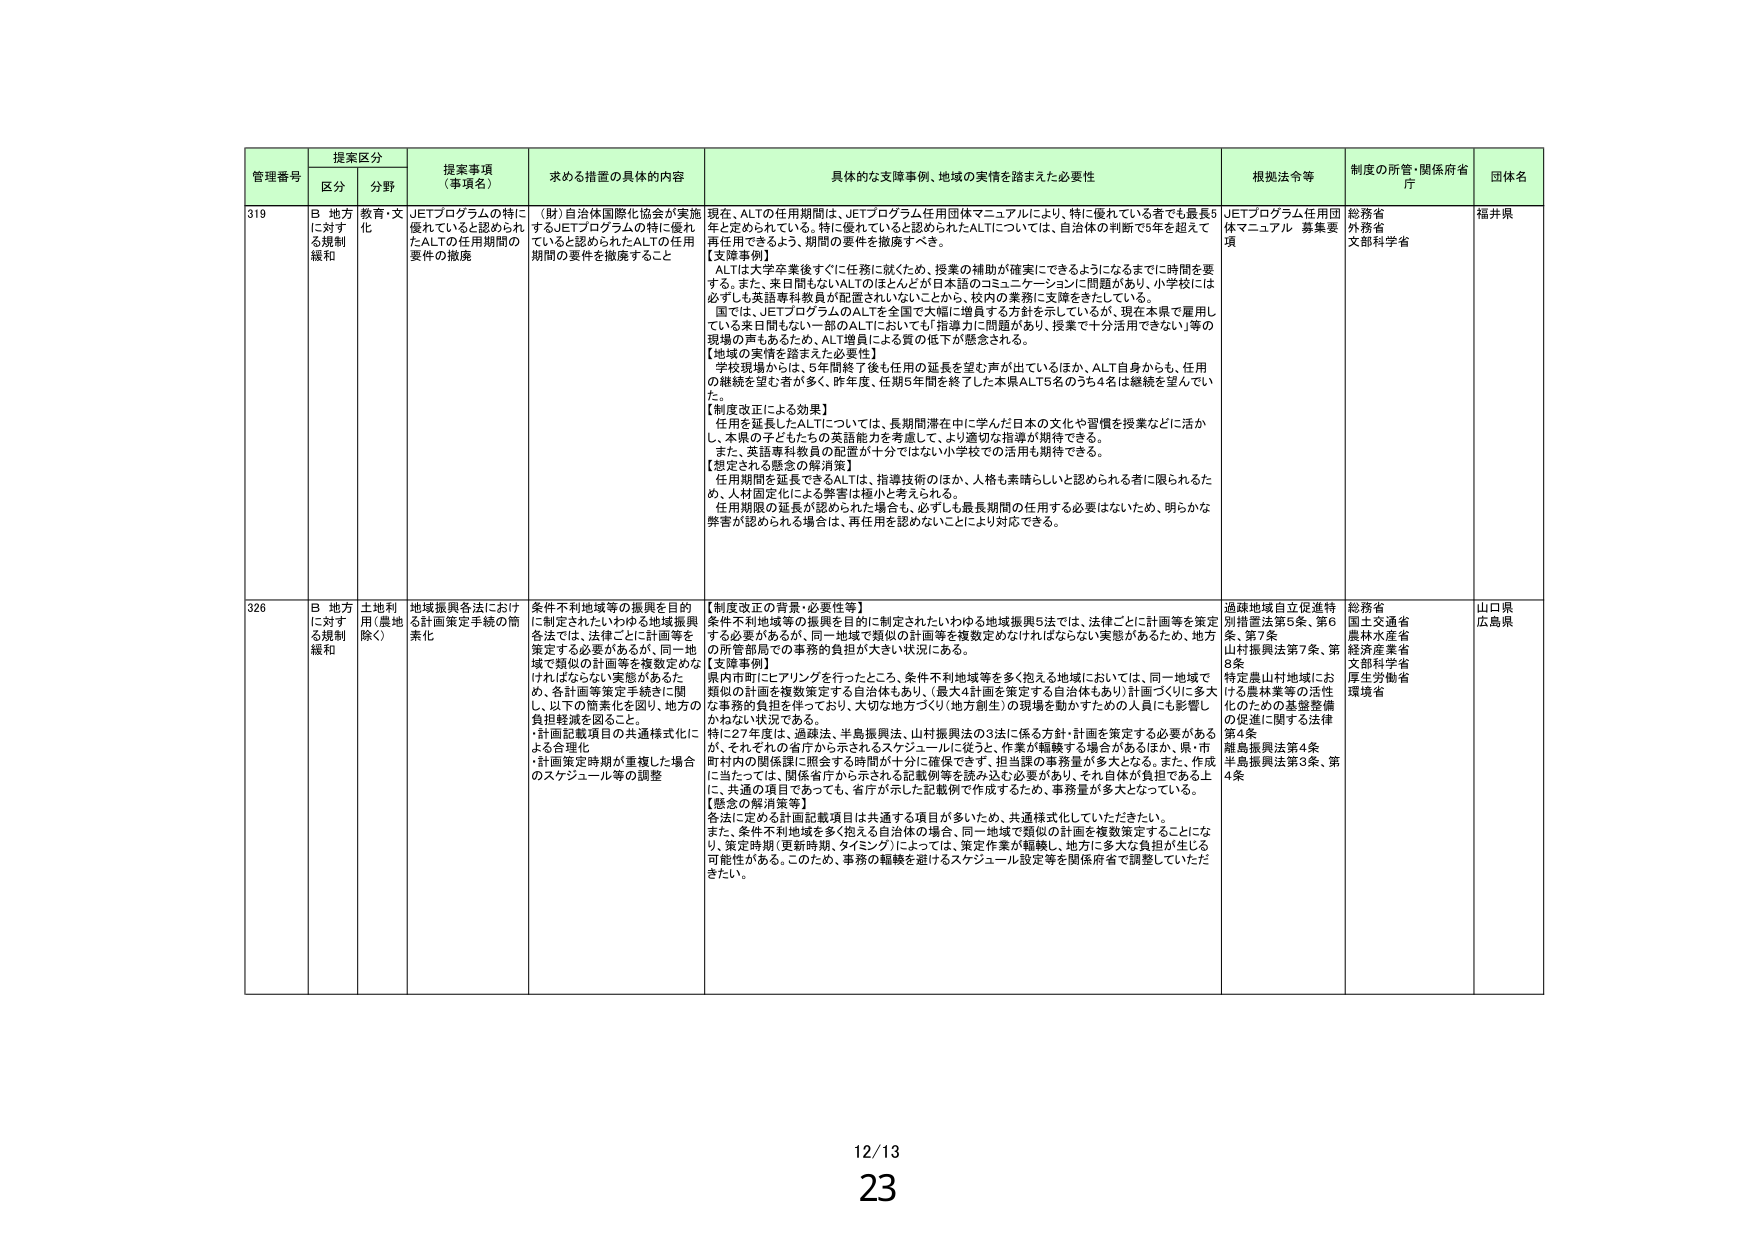
管理番号 提案区分 提案事項（事項名） 求める措置の具体的内容 具体的な支障事例、地域の実情を踏まえた必要性 根拠法令等 制度の所管・関係府省庁 団体名
区分 分野
319 B 地方に対する規制緩和 教育・文化 JETプログラムの特に優れていると認められたALTの任期期間の要件の撤廃 （財）自治体国際化協会が実施するJETプログラムの特に優れていると認められたALTの任期期間の要件を撤廃すること 現在、ALTの任期期間は、JETプログラム任用団体マニュアルにより、特に優れている者でも最長5年と定められている。特に優れていると認められたALTについては、自治体の判断で5年を超えて再任できるよう、期間の要件を撤廃すべき。
【支障事例】
ALTは大学卒業後すぐに任務に就くため、授業の補助が確実にできるようになるまでに時間を要する。また、来日間もないALTのほとんどが日本語のコミュニケーションに問題があり、小学校には必ずしも英語専科教員が配置されていないことから、校内の業務に支障をきたしている。
国では、JETプログラムのALTを全国で大幅に増員する方針を示しているが、現在本県で雇用している来日間もない一部のALTにおいても「指導力に問題があり、授業で十分活用できない等」の現場の声もあるため、ALT増員による質の低下が懸念される。
【地域の実情を踏まえた必要性】
学校現場からは、5年間終了後も任期の延長を望む声が出ているほか、ALT自身からも、任期の継続を望む者が多く、昨年度、任期5年間を終了した本県ALT5名のうち4名は継続を望んでいた。
【制度改正による効果】
任期を延長したALTについては、長期間滞在中に学んだ日本の文化や習慣を授業などに活かし、本県の子どもたちの英語能力を考慮して、より適切な指導が期待できる。
また、英語専科教員の配置が十分ではない小学校での活用も期待できる。
【想定される懸念の解消策】
任期期間を延長できるALTは、指導技術のほか、人格も素晴らしいと認められる者に限られるため、人材固定化による弊害は極小と考えられる。
任期期限の延長が認められた場合も、必ずしも最長期間の任用する必要はないため、明らかな弊害が認められる場合は、再任用を認めないことにより対応できる。
JETプログラム任用団体マニュアル 募集要項 総務省 外務省 文部科学省 福井県
326 B 地方に対する規制緩和 土地利用（農地除く） 地域振興各法における計画策定手続の簡素化 条件不利地域等の振興を目的に制定されたいわゆる地域振興各法では、法律ごとに計画等を策定する必要があるが、同一地域で類似の計画等を複数定めなければならない実態があるため、各計画等策定手続きに関し、以下の簡素化を図り、地方の負担軽減を図ること。
・計画記載項目の共通様式化による合理化
・計画策定時期が重複した場合のスケジュール等の調整
【制度改正の背景・必要性等】
条件不利地域等の振興を目的に制定されたいわゆる地域振興5法では、法律ごとに計画等を策定する必要があるが、同一地域で類似の計画等を複数定めなければならない実態があるため、地方の所管部局での事務的負担が大きい状況にある。
【支障事例】
県内市町にヒアリングを行ったところ、条件不利地域等を多く抱える地域においては、同一地域で類似の計画を複数策定する自治体もあり、（最大4計画を策定する自治体もあり）計画づくりに多大な事務的負担を伴っており、大切な地方づくり（地方創生）の現場を動かすための人員にも影響しかねない状況である。
特に27年度は、過疎法、半島振興法、山村振興法の3法に係る方針・計画を策定する必要があるが、それぞれの省庁から示されるスケジュールに従う、作業が軽減する場合があるほか、県・市町村内の関係課に照会する時間が十分に確保できず、担当課の事務量が多大となる。また、作成に当たっては、関係省庁から示される記載例等を読み込む必要があり、それ自体が負担である上に、共通の項目であっても、省庁が示した記載例で作成するため、事務量が多大となっている。
【懸念の解消策等】
各法に定める計画記載項目は共通する項目が多いため、共通様式化していただきたい。
また、条件不利地域を多く抱える自治体の場合は、同一地域で類似の計画を複数策定することになり、策定時期（更新時期、タイミング）によっては、策定作業が継続し、地方に多大な負担が生じる可能性がある。このため、事務の軽減を避けるスケジュール設定等を関係府省で調整していただきたい。
過疎地域自立促進特別措置法第5条、第6条、第7条
山村振興法第7条、第8条
特定農山村地域における農林業等の活性化のための基盤整備の促進に関する法律第4条
離島振興法第4条
半島振興法第3条、第4条
総務省
国土交通省
農林水産省
経済産業省
文部科学省
厚生労働省
環境省
山口県
広島県
12/13
23